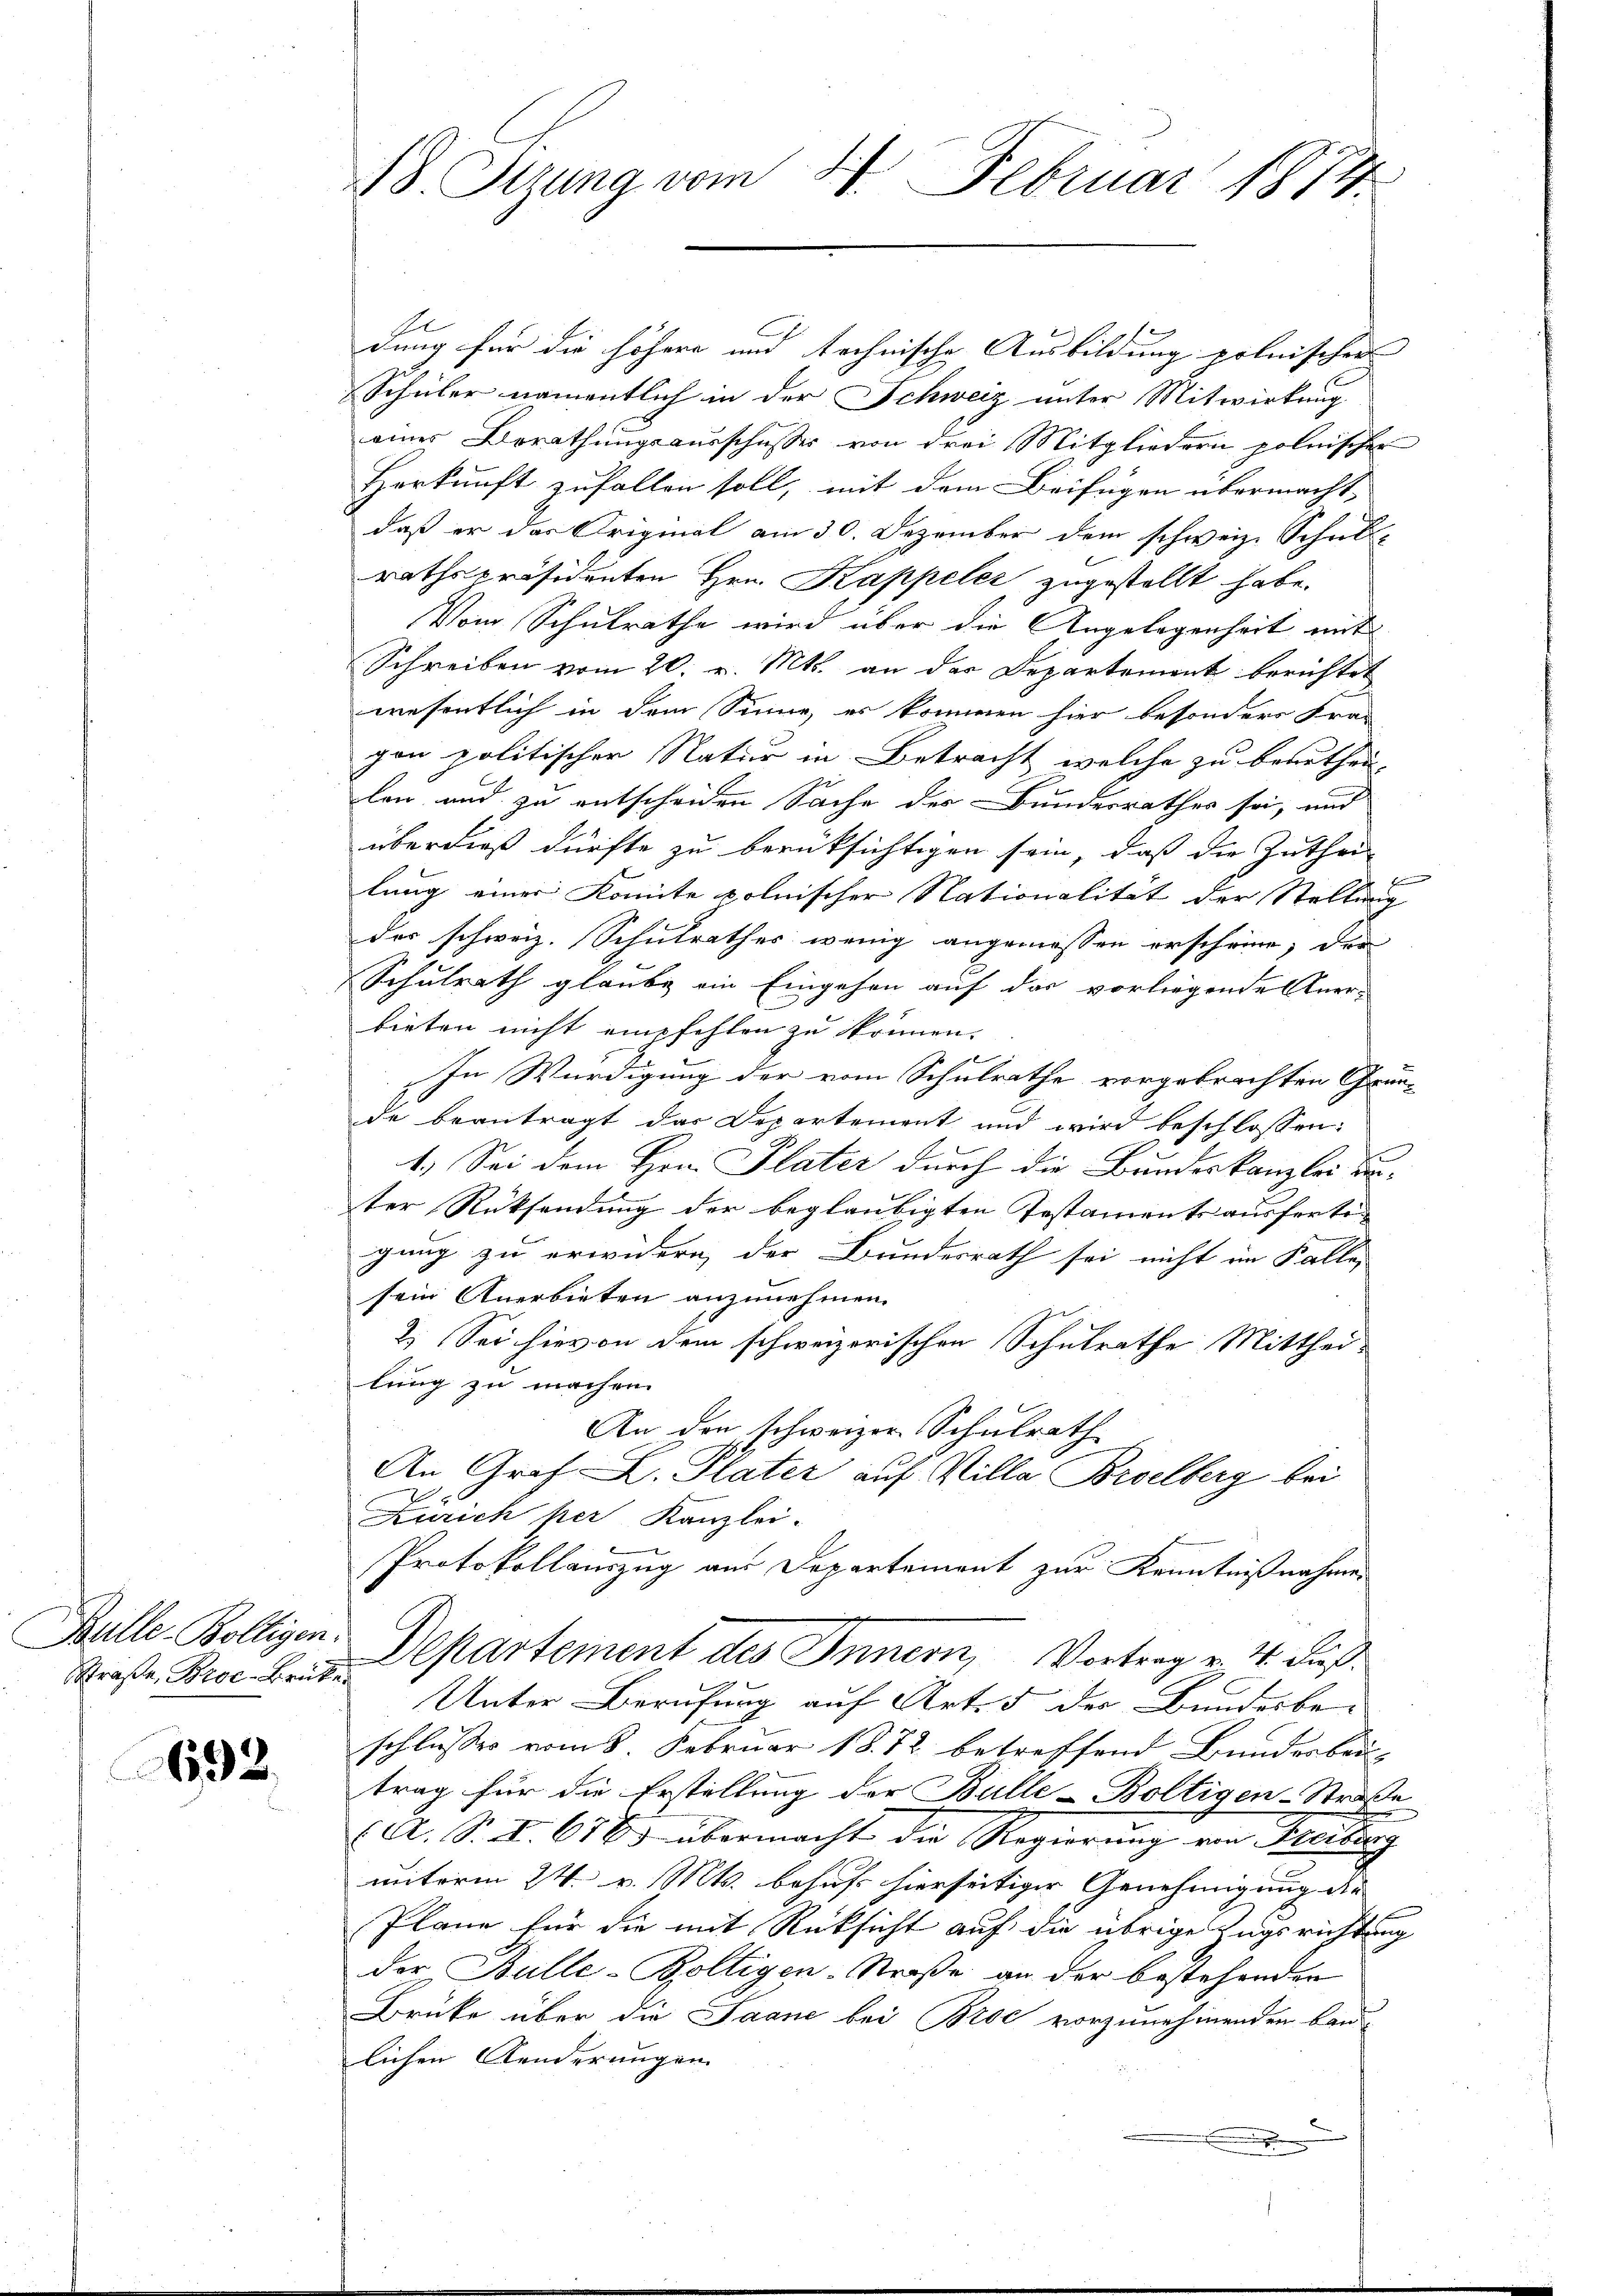
Mlle. Wollegi
Straße, Broc-Brücke

692.

B8. Sizung vom 24. Februar 1814.

dung für die höhere und technische Ausbildung polnischen
Schüler namentlich in der Schweiz unter Mitwirkung
eines Berathungsausschusses von drei Mitgliedern polnischer
Herkunft zufallen soll, mit dem Beifügen übermacht,
daß er des Original am 30. Dezember dem schweiz. Schulb
rathspräsidenten Hrn. Kappeler zugestellt habe.
Vom Schulrathe wird über die Angelegenheit mit
Schreiben vom 20. v. Mts. an der Departement berichtet
wesentlich in dem Sinne, es kommen hier besonders Fran
geon politischer Natur in Betracht, welche zu beautheil,
len und zu entscheiden Sache des Bundesrathes sei, und
überdieß dürfte zu berücksichtigen sein, daß die Zutheil
n
lung einer Komite polnischer Nationalität der Stellung
der schweiz. Schulrathes wenig angemessen erscheine, der
Schulrath glaube ein Eingehen auf das vorliegende Anerbieten nicht empfehlen zu können.
„In Würdigung der vom Schulrathe vorgebrachten Grunde beantragt das Departement und wird beschlossen:
4.) Sei dem Hrn. Plater durch die Bundeskanzlei unter Rücksendung der beglaubigten Testaments ausfertigung zu erwidern der Bundesrath sei nicht im Falle,
sein Anerbieten anzunehmen.
2.) Sei hievon dem schweizerischen Schulrathe Mitthei-
lung zu machen.
An den schweizer Schulrath
An Graf L. Plater auf Willa Brselberg bei
Zürich per Kanzlei-
Protokollauszug aus Departement zur Kenntnißnahmen
Departement des Innern, Vortrag v. 4. Fuß.
Unter Berufung auf Art. 5 der Bundesbe-
schlusses vom 8. Februar 1872 betreffend Bundesbei-
trag für die Erstellung der Bulle-Boltigen-Straße
A. S. 2. 61865 übermacht der Regierung von Heilung
unterm 24. v. Mts. behufs hierseitiger Genehmigung die |
Pläne für die mit Rücksicht auf die übrige Zugsrichtung
der Bulle-Boltigen-Straße an der bestehenden
Brüke über die Saane bei Broc vorzunehmenden baulichen Aenderungen
.